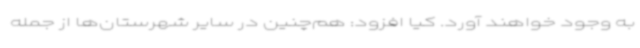
به وجود خواهند آورد. کیا افزود: هم‌چنین در سایر شهرستان‌ها از جمله